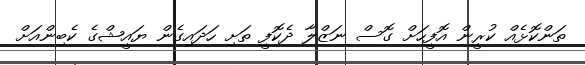
ތަންކޮޅެއް ކުރީން އޮފީހަށް ގޮސް ނަޒްލާ ދެކޮފީ ތަށި ހަދައިގެން ޔައީޝްގެ ކެބިންއަށް